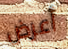
أعرض